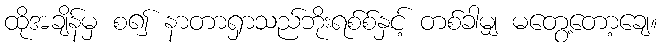
ထိုအချိန်မှ စ၍ နာတာရှာသည်ဘိုးရစ်စ်နှင့် တစ်ခါမျှ မတွေ့တော့ချေ။